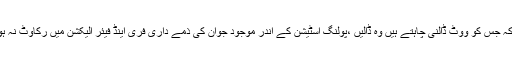
انہوںنے کہاکہ جس کو ووٹ ڈالنی چاہتے ہیں وہ ڈالیں ،پولنگ اسٹیشن کے اندر موجود جوان کی ذمے داری فری اینڈ فیئر الیکشن میں رکاوٹ نہ ہونے دینا ہے۔